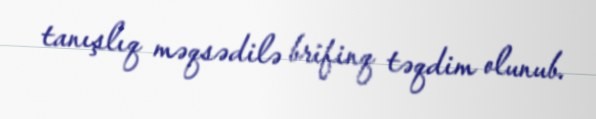
tanışlıq məqsədilə brifinq təqdim olunub.